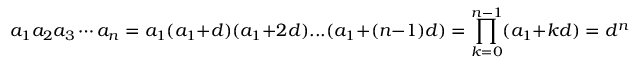
a _ { 1 } a _ { 2 } a _ { 3 } \cdots a _ { n } = a _ { 1 } ( a _ { 1 } + d ) ( a _ { 1 } + 2 d ) . . . ( a _ { 1 } + ( n - 1 ) d ) = \prod _ { k = 0 } ^ { n - 1 } ( a _ { 1 } + k d ) = d ^ { n } { \frac { \Gamma \left( { \frac { a _ { 1 } } { d } } + n \right) } { \Gamma \left( { \frac { a _ { 1 } } { d } } \right) } }